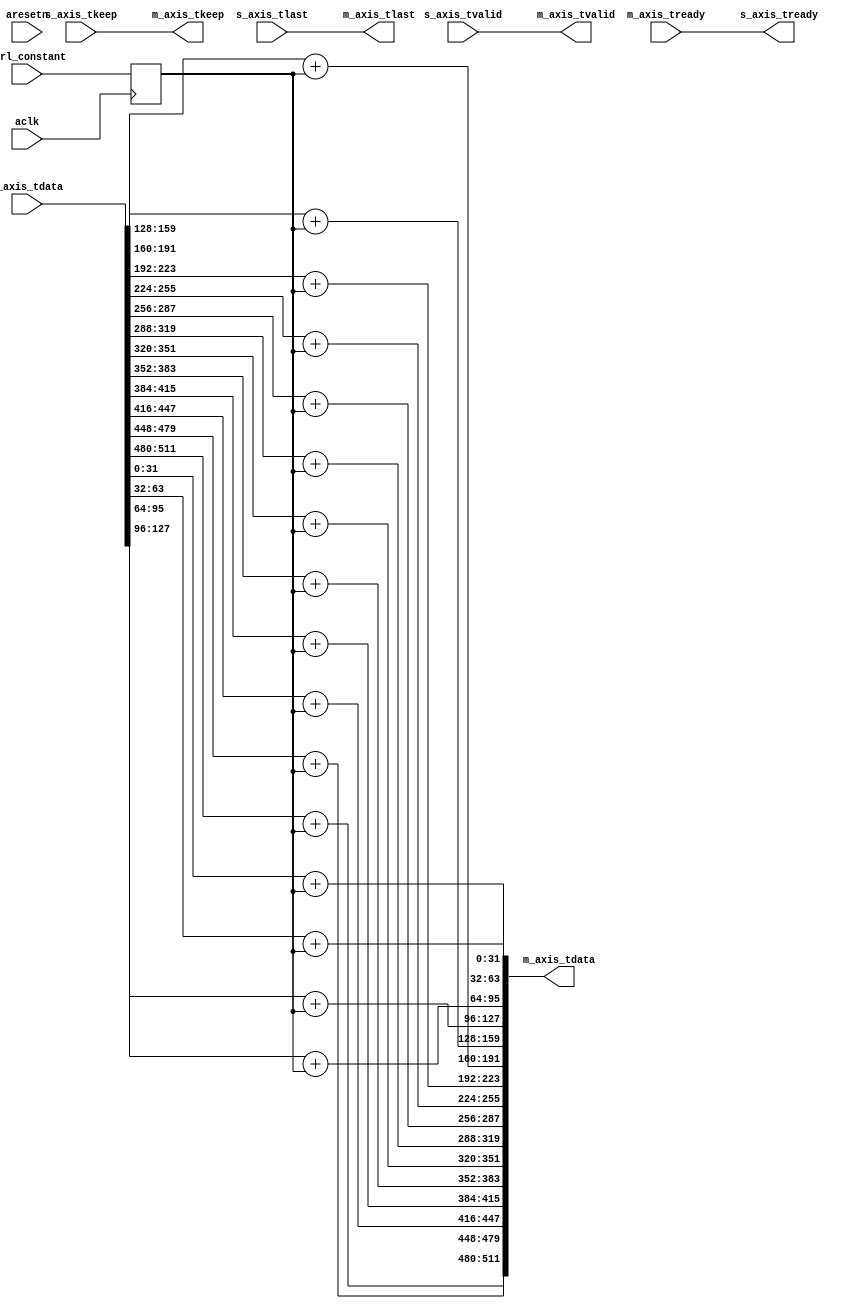
// This is a generated file. Use and modify at your own risk.
////////////////////////////////////////////////////////////////////////////////

// default_nettype of none prevents implicit wire declaration.
`default_nettype none
`timescale 1ps / 1ps

module top_example_adder #(
  parameter integer C_AXIS_TDATA_WIDTH = 512, // Data width of both input and output data
  parameter integer C_ADDER_BIT_WIDTH  = 32
)
(
  input wire                       aclk,
  input wire                       aresetn,

  input wire  [C_ADDER_BIT_WIDTH-1:0]   ctrl_constant,

  input wire                             s_axis_tvalid,
  output wire                            s_axis_tready,
  input wire  [C_AXIS_TDATA_WIDTH-1:0]   s_axis_tdata,
  input wire  [C_AXIS_TDATA_WIDTH/8-1:0] s_axis_tkeep,
  input wire                             s_axis_tlast,

  output wire                            m_axis_tvalid,
  input  wire                            m_axis_tready,
  output wire [C_AXIS_TDATA_WIDTH-1:0]   m_axis_tdata,
  output wire [C_AXIS_TDATA_WIDTH/8-1:0] m_axis_tkeep,
  output wire                            m_axis_tlast

);

localparam integer LP_NUM_LOOPS = C_AXIS_TDATA_WIDTH/C_ADDER_BIT_WIDTH;
/////////////////////////////////////////////////////////////////////////////
// Variables
/////////////////////////////////////////////////////////////////////////////
integer i;
reg   [C_ADDER_BIT_WIDTH-1:0]  constant_in;
reg   [C_AXIS_TDATA_WIDTH-1:0] data_out;
reg                            areset = 1'b0;

/////////////////////////////////////////////////////////////////////////////
// Adder Logic
/////////////////////////////////////////////////////////////////////////////

always @(posedge aclk) begin
  areset <= ~aresetn;
end

// Register constant, should be set before stream.
always @(posedge aclk) begin
  constant_in <= ctrl_constant;
end

// Adder function
always @(*) begin
  for (i = 0; i < LP_NUM_LOOPS; i = i + 1) begin
    data_out[i*C_ADDER_BIT_WIDTH+:C_ADDER_BIT_WIDTH] = s_axis_tdata[C_ADDER_BIT_WIDTH*i+:C_ADDER_BIT_WIDTH] + constant_in;
  end
end

assign m_axis_tdata = data_out;
assign m_axis_tvalid = s_axis_tvalid;
assign s_axis_tready = m_axis_tready;
assign m_axis_tkeep = s_axis_tkeep;
assign m_axis_tlast = s_axis_tlast;

endmodule

`default_nettype wire